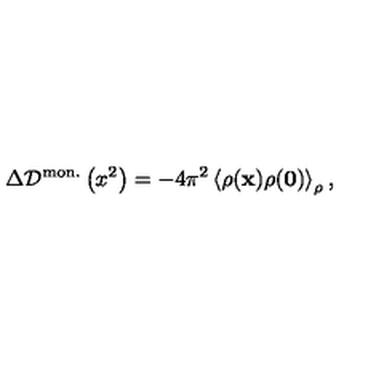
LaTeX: \Delta { \cal D } ^ { \mathrm { m o n . } } \left( x ^ { 2 } \right) = - 4 \pi ^ { 2 } \left< \rho ( { \bf x } ) \rho ( { \bf 0 } ) \right> _ { \rho } ,